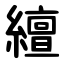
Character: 繵